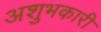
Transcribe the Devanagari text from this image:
अशुभकारी